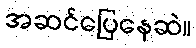
အဆင်ပြေနေဆဲ။